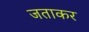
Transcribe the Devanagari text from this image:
जताकर